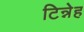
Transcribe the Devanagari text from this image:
टिन्नेह